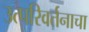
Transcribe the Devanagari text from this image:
उत्परिवर्तनाचा